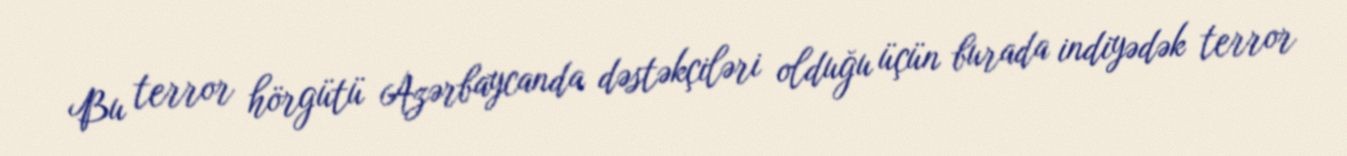
Bu terror hörgütü Azərbaycanda dəstəkçiləri olduğu üçün burada indiyədək terror